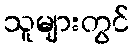
သူများတွင်